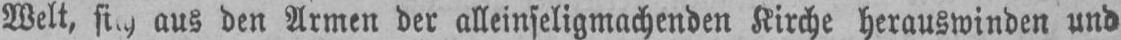
aus den Armen der alleinseligmachenden Kirche herauswinden und